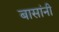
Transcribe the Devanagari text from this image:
बासांनी